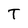
Character: T